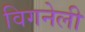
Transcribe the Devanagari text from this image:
विगनेली